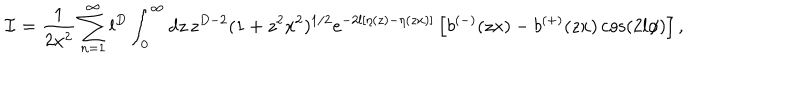
LaTeX: { \mathcal { I } } = \frac { 1 } { 2 x ^ { 2 } } \sum _ { n = 1 } ^ { \infty } l ^ { D } \int _ { 0 } ^ { \infty } d z \, z ^ { D - 2 } ( 1 + z ^ { 2 } x ^ { 2 } ) ^ { 1 / 2 } e ^ { - 2 l [ \eta ( z ) - \eta ( z x ) ] } \left[ b ^ { ( - ) } ( z x ) - b ^ { ( + ) } ( z x ) \cos ( 2 l \phi ) \right] ,